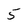
Character: 5